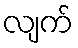
လျက်